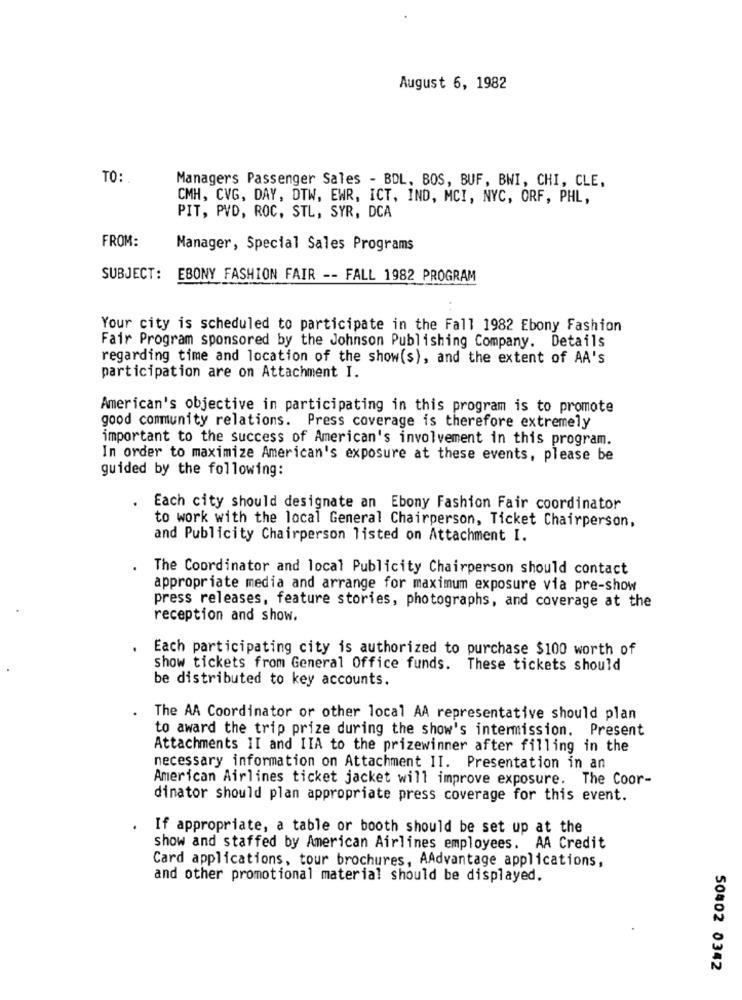
August 6, 1982
TO:
Managers Passenger Sales - BDL, BOS, BUF, BNI, CHI, CLE.
CMH, CVG, DAY, DTW, EWR, ICT, IND, MCI, NYC, ORF, PHL,
PIT, PVD, ROC, STL, SYR, DCA
FROM:
Manager, Special Sales Programs
SUBJECT:
EBONY FASHION FAIR -- FALL 1982 PROGRAM
Your city is scheduled to participate in the Fall 1982 Ebony Fashion
Fair Program sponsored by the Johnson Publishing Company. Details
regarding time and location of the show(s), and the extent of AA's
participation are on Attachment I.
American's objective in participating in this program is to promote
good community relations. Press coverage is therefore extremely
important to the success of American's involvement in this program.
In order to maximize American's exposure at these events, please be
guided by the following:
Each city should designate an Ebony Fashion Fair coordinator
to work with the local General Chairperson, Ticket Chairperson,
and Publicity Chairperson listed on Attachment I.
The Coordinator and local Publicity Chairperson should contact
appropriate media and arrange for maximum exposure via pre-show
press releases, feature stories, photographs, and coverage at the
reception and show.
Each participating city is authorized to purchase $100 worth of
show tickets from General Office funds. These tickets should
be distributed to key accounts.
The AA Coordinator or other local AA representative should plan
to award the trip prize during the show's intermission. Present
Attachments II and IIA to the prizewinner after filling in the
necessary information on Attachment II. Presentation in an
American Airlines ticket jacket will improve exposure. The Coor-
dinator should plan appropriate press coverage for this event.
If appropriate, a table or booth should be set up at the
show and staffed by American Airlines employees. AA Credit
Card applications, tour brochures, AAdvantage applications,
and other promotional material should be displayed.
50402 0342